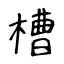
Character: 槽